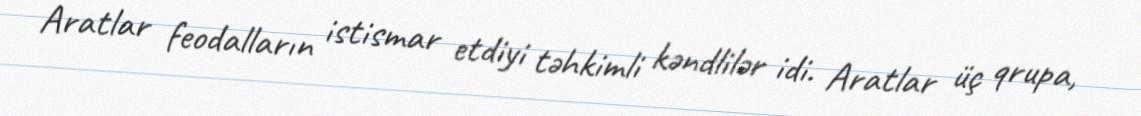
Aratlar feodalların istismar etdiyi təhkimli kəndlilər idi. Aratlar üç qrupa,